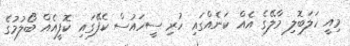
މިއީ ހަލަބޮލި މާލޭގެ އެއް ކަނެއްގައި ހުރި ސީހައުސް ކެފޭގައި ކޮފީއެއް ބޯލުމުގެ